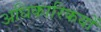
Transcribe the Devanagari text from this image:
अधिकारिकयों